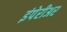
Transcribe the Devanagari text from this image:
इंपेरीअर